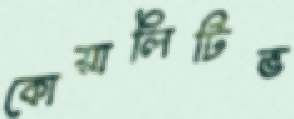
কোয়ালিটিভ